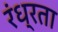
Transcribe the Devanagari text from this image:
रंध्रता